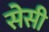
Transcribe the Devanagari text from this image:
सेसी